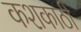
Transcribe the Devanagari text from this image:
कशकाठी